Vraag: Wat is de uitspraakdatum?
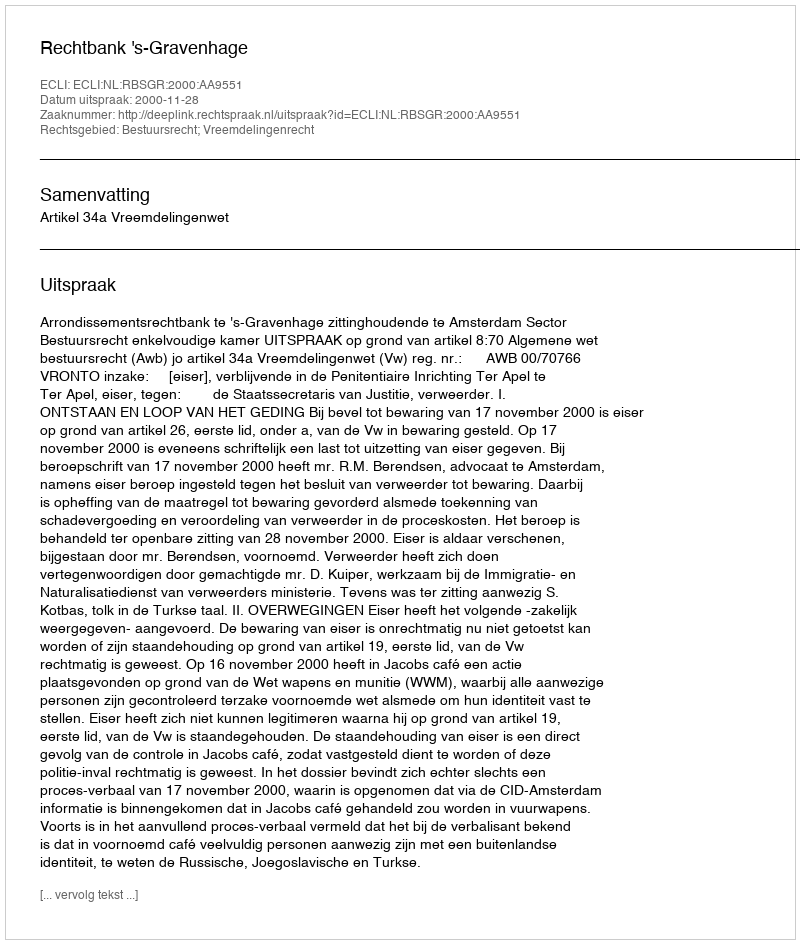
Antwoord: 2000-11-28